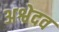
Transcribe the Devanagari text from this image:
अश्वेदव